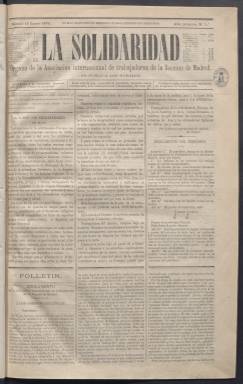
Título: La Solidaridad (Madrid. 1870)
Colección: Periódicos
Ámbito geográfico: Madrid
Lugar de publicación: Madrid
Fechas: 15/01/1870-21/01/1871